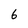
Character: 6